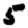
Digit: 5